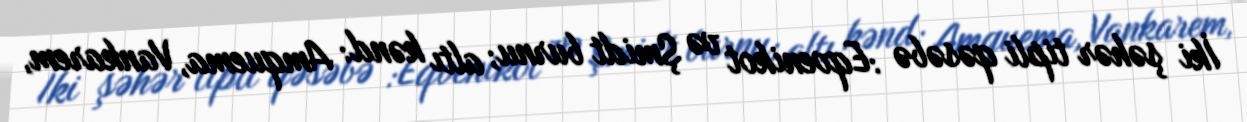
İki şəhər tipli qəsəbə :Eqvenikot və Şmidt burnu; altı kənd: Amquema, Vankarem,